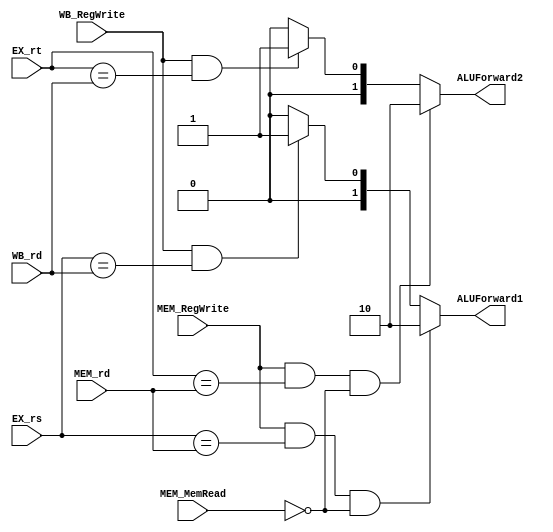
`timescale 1ns/1ps
module Forwarding_EX(
    input wire [4:0] EX_rs,
    input wire [4:0] EX_rt,
    input wire [4:0] MEM_rd,
    input wire [4:0] WB_rd,
    input wire MEM_RegWrite,
    input wire WB_RegWrite,
    input wire MEM_MemRead,

    output wire [1:0] ALUForward1,  // 2-MEM 1-WB 0
    output wire [1:0] ALUForward2
);

    assign ALUForward1 = (MEM_RegWrite & (EX_rs == MEM_rd) &(MEM_MemRead == 0))? 2:                 // MEMMEM WB
                         (WB_RegWrite & (EX_rs == WB_rd))? 1:0;

    assign ALUForward2 = (MEM_RegWrite & (EX_rt == MEM_rd) &(MEM_MemRead == 0))? 2:                 // MEMMEM WB
                         (WB_RegWrite & (EX_rt == WB_rd))? 1:0;


endmodule